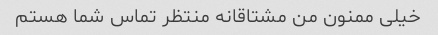
خیلی ممنون من مشتاقانه منتظر تماس شما هستم